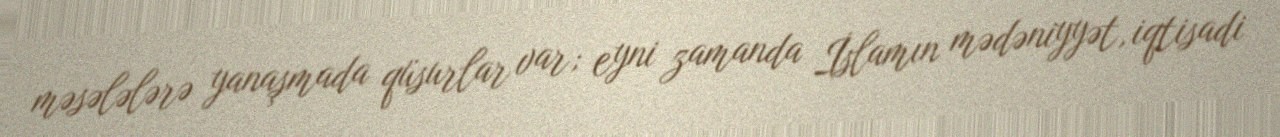
məsələlərə yanaşmada qüsurlar var; eyni zamanda İslamın mədəniyyət, iqtisadi